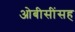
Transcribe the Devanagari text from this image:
ओबीसींसह